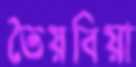
তৈয়বিয়া